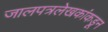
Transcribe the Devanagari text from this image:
जालपत्रलेखकांकडून